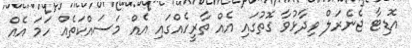
އޮޑިޓާ ޖެނެރަލް ވިދާޅުވާ ގޮތުގައި އެއް ތާރީހެއްގައި އެއް މަސައްކަތެއް ހަމަ އެއް